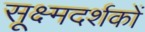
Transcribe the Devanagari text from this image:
सूक्ष्मदर्शकों